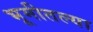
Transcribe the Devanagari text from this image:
भूमीतल्या